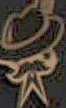
*